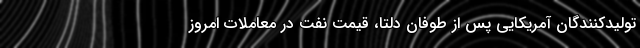
تولیدکنندگان آمریکایی پس از طوفان دلتا، قیمت نفت در معاملات امروز